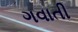
ગવાતી